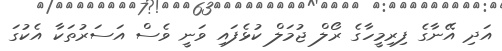
އަދި އޭނާގެ ފިރިމީހާގެ ރޯލް ޖުމަލް ކުޅެފައި ވަނީ ވެސް އަސަރުތަކާ އެކުގަ